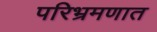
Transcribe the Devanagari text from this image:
परिभ्रमणात